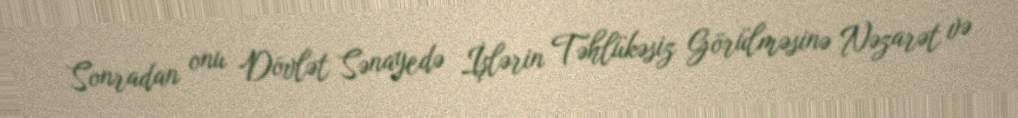
Sonradan onu Dövlət Sənayedə İşlərin Təhlükəsiz Görülməsinə Nəzarət və